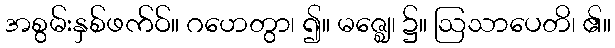
အစွမ်းနှစ်ဖက်ဝ်။ ဂဟေတွာ၊ ၍။ မဇ္ဈေ၊ ၌။ ဩသာပေတိ၊ ၏။